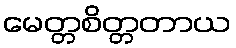
မေတ္တစိတ္တတာယ